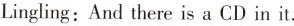
Lingling:And there is a CD in it.